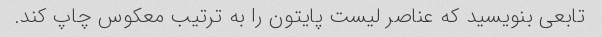
تابعی بنویسید که عناصر لیست پایتون را به ترتیب معکوس چاپ کند.